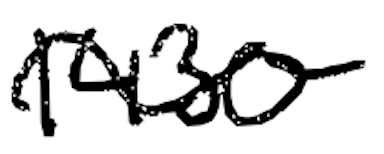
Text: 1430
Cross-out: wave
Writing tool: digital_black